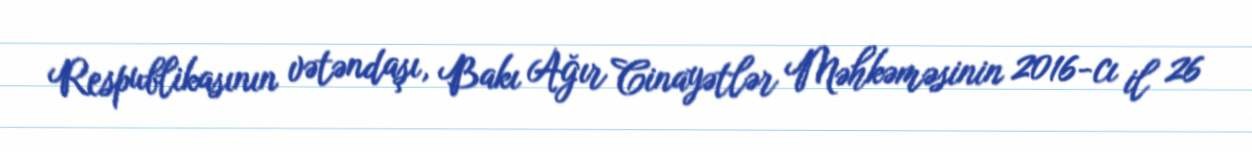
Respublikasının vətəndaşı, Bakı Ağır Cinayətlər Məhkəməsinin 2016-cı il 26